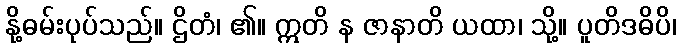
နို့ဓမ်းပုပ်သည်။ ဌိတံ၊ ၏။ ဣတိ န ဇာနာတိ ယထာ၊ သို့။ ပူတိဒဓိပိ၊